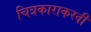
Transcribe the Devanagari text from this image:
चित्रकाराकरवी